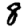
Digit: 8